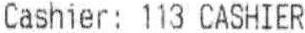
CASHIER: 113 CASHIER